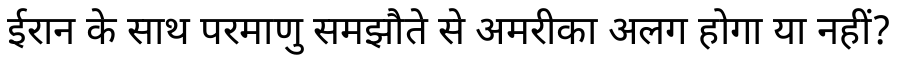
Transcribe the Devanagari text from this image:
ईरान के साथ परमाणु समझौते से अमरीका अलग होगा या नहीं?